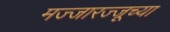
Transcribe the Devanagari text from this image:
मज्जारज्जूच्या